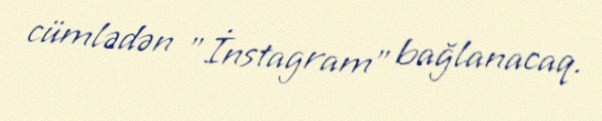
cümlədən "İnstagram" bağlanacaq.